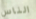
الناس